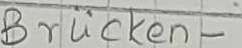
Text: Brücken-